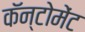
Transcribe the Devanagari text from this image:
कॅन्टोमेंट